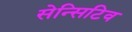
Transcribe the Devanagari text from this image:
सेन्सिटिव